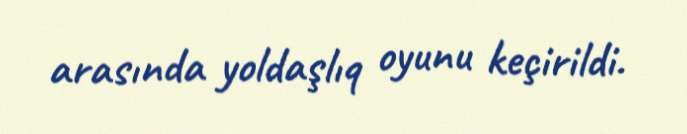
arasında yoldaşlıq oyunu keçirildi.